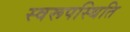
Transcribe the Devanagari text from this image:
स्वरूपस्थिति